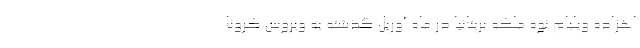
اهزاده ویلیام نوه ملکه بریتانیا در ماه آوریل گذشته به ویروس کرونا